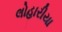
લોહારીયા